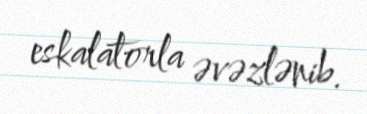
eskalatorla əvəzlənib.